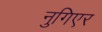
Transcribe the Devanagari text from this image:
नुगिएर